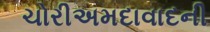
ચોરીઅમદાવાદની